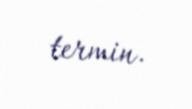
termin.